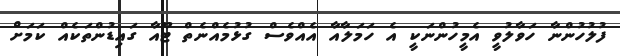
ފުލުހުންނާ ހަވާލުވީ އެމީހުންނަކީ އެ ހަމަލާއާ އެއްވެސް ގުޅުމެއްނެތް ޓޫއާ ގައިޑުންތަކެއް ކަމަށް